Report of the Indian Hemp Drugs Commission, 1894-1895 - Volume IV
Year: 1894
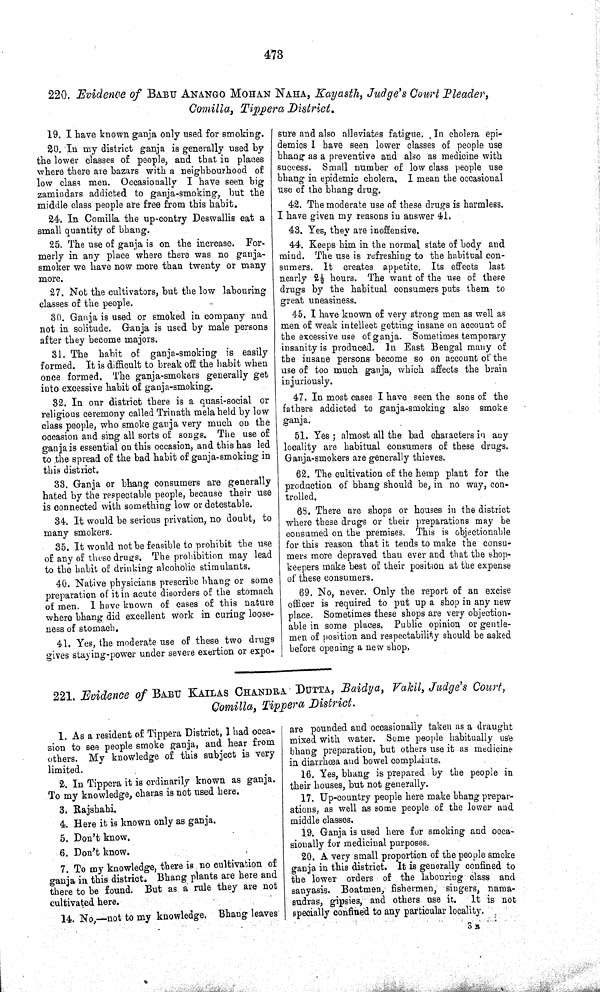
473
220. Evidence of BABU ANANGO MOHAN NAHA, Kayasth, Judge's Court Pleader,
Comilla, Tippera District.
19. I have known ganja only used for smoking.
20. In my district ganja is generally used by
the lower classes of people, and that in places
where there are bazars with a neighbourhood of
low class men. Occasionally I have seen big
zamindars addicted to ganja-smoking, but the
middle class people are free from this habit.
24. In Comilla the up-contry Deswallis eat a
small quantity of bhang.
25. The use of ganja is on the increase. For-
merly in any place where there was no ganja-
smoker we have now more than twenty or many
more.
27. Not the cultivators, but the low labouring
classes of the people.
30. Ganja is used or smoked in company and
not in solitude. Ganja is used by male persons
after they become majors.
31. The habit of ganja-smoking is easily
formed. It is difficult to break off the habit when
once formed. The ganja-smokers generally get
into excessive habit of ganja-smoking.
32. In our district there is a quasi-social or
religious ceremony called Trinath mela held by low
class people, who smoke ganja very much on the
occasion and sing all sorts of songs. The use of
ganja is essential on this occasion, and this has led
to the spread of the bad habit of ganja-smoking in
this district.
33. Ganja or bhang consumers are generally
hated by the respectable people, because their use
is connected with something low or detestable.
34. It would be serious privation, no doubt, to
many smokers.
35. It would not be feasible to prohibit the use
of any of these drugs. The prohibition may lead
to the habit of drinking alcoholic stimulants.
40. Native physicians prescribe bhang or some
preparation of it in acute disorders of the stomach
of men. I have known of cases of this nature
where bhang did excellent work in curing loose-
ness of stomach.
41. Yes, the moderate use of these two drugs
gives staying-power under severe exertion or expo-
sure and also alleviates fatigue. In cholera epi-
demics I have seen lower classes of people use
bhang as a preventive and also as medicine with
success. Small number of low class people use
bhang in epidemic cholera. I mean the occasional
use of the bhang drug.
42. The moderate use of these drugs is harmless.
I have given my reasons in answer 41.
43. Yes, they are inoffensive.
44. Keeps him in the normal state of body and
mind. The use is refreshing to the habitual con-
sumers. It creates appetite. Its effects last
nearly 21/2 hours. The want of the use of these
drugs by the habitual consumers puts them to
great uneasiness.
45. I have known of very strong men as well as
men of weak intellect getting insane on account of
the excessive use of ganja. Sometimes temporary
insanity is produced. In East Bengal many of
the insane persons become so on account of the
use of too much ganja, which affects the brain
injuriously.
47. In most cases I have seen the sons of the
fathers addicted to ganja-smoking also smoke
ganja.
51. Yes; almost all the bad characters in any
locality are habitual consumers of these drugs.
Ganja-smokers are generally thieves.
62. The cultivation of the hemp plant for the
production of bhang should be, in no way, con-
trolled.
68. There are shops or houses in the district
where these drugs or their preparations may be
consumed on the premises. This is objectionable
for this reason that it tends to make the consu-
mers more depraved than ever and that the shop-
keepers make best of their position at the expense
of these consumers.
69. No, never. Only the report of an excise
officer is required to put up a shop in any new
place. Sometimes these shops are very objection-
able in some places. Public opinion or gentle-
men of position and respectability should be asked
before opening a new shop.
221. Evidence of BABU KAILAS CHANDRA DUTTA, Baidya, Vakil, Judge's Court,
Comilla, Tippera District.
1. As a resident of Tippera District, I had occa-
sion to see people smoke ganja, and hear from
others. My knowledge of this subject is very
limited.
2. In Tippera it is ordinarily known as ganja.
To my knowledge, charas is not used here.
3. Rajshahi.
4. Here it is known only as ganja.
5. Don't know.
6. Don't know.
7 To my knowledge, there is no cultivation of
ganja in this district. Bhang plants are here and
there to be found. But as a rule they are not
cultivated here.
14. No,—not to my knowledge. Bhang leaves
are pounded and occasionally taken as a draught
mixed with water. Some people habitually use
bhang preparation, but others use it as medicine
in diarrhœa and bowel complaints.
16. Yes, bhang is prepared by the people in
their houses, but not generally.
17. Up-country people here make bhang prepar-
ations, as well as some people of the lower and
middle classes.
19. Ganja is used here for smoking and occa-
sionally for medicinal purposes.
20. A very small proportion of the people smoke
ganja in this district. It is generally confined to
the lower orders of the labouring class and
sanyasis. Boatmen, fishermen, singers, nama-
sudras, gipsies, and others use it.
It is not
specially confined to any particular locality.
3 R